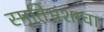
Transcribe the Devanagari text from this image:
स्मृतिभ्रंशाचा